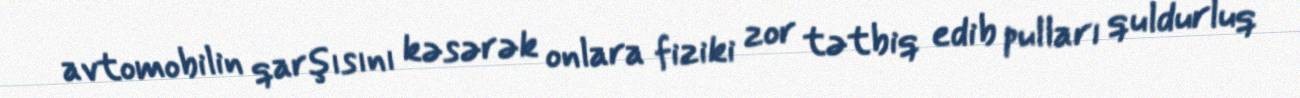
avtomobilin qarşısını kəsərək onlara fiziki zor tətbiq edib pulları quldurluq